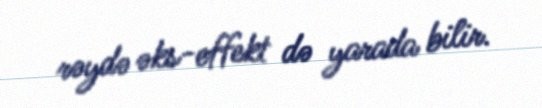
rəydə əks-effekt də yarada bilir.